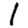
Digit: 1